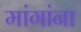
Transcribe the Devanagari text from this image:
मांगांना